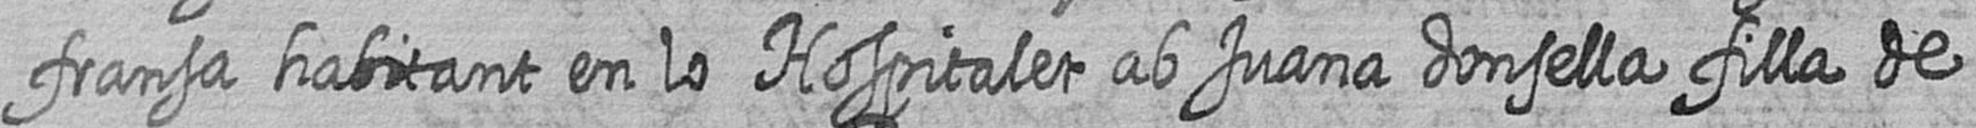
fransa habitant en lo Hospitalet ab Juana donsella filla de